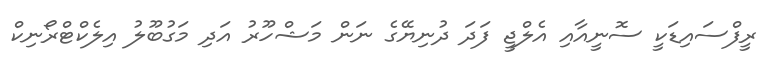
ރީފްސައިޑަކީ ސޮނީއާއި އެލްޖީ ފަދަ ދުނިޔޭގެ ނަން މަޝްހޫރު އަދި މަގުބޫލު އިލެކްޓްރޯނިކް